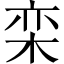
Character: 栾